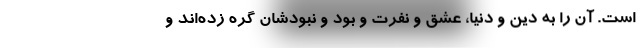
است. آن را به دین و دنیا، عشق و نفرت و بود و نبودشان گره زده‌اند و